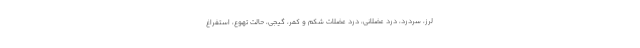
لرز، سردرد، درد عضلانی، درد عضلات شکم و کمر، گیجی، حالت تهوع، استفراغ